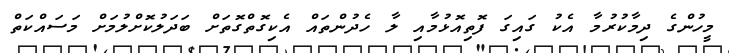
މީހުންގެ ދިމާކުރުމާ އެކު ގައިގަ ފޮތިއޮޅުމާއި ލާ ހެދުންތައް އެކިގޮތްގޮތަށް ބަދަލުކޮށްލުމަށް މަސައްކަތް